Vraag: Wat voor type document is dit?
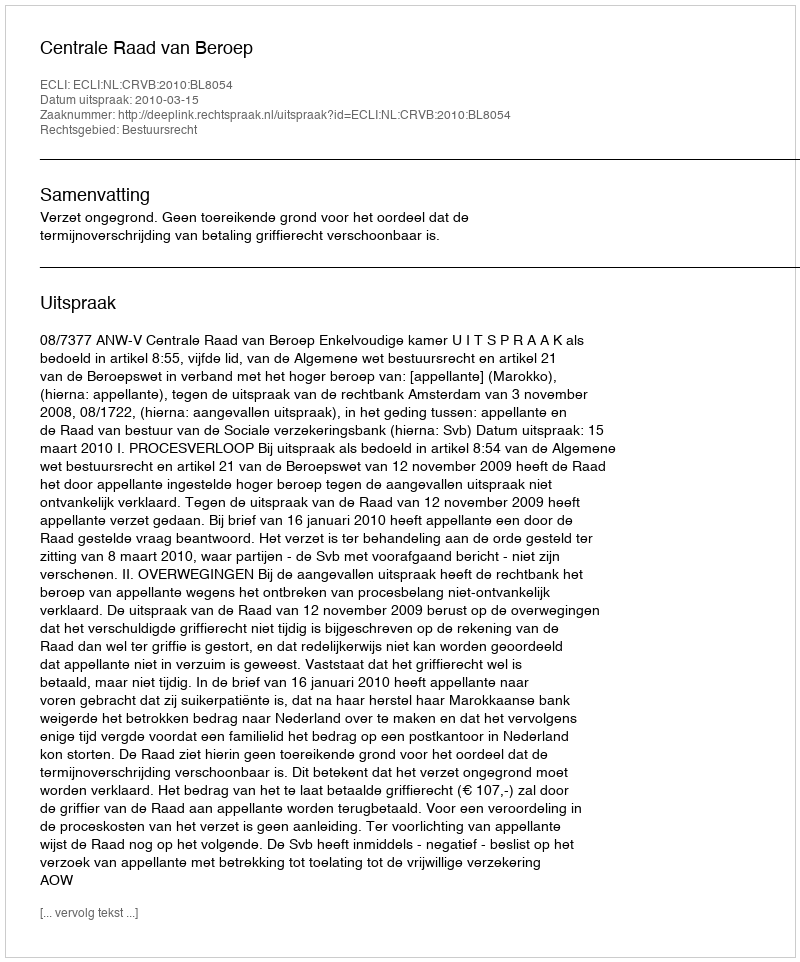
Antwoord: Uitspraak